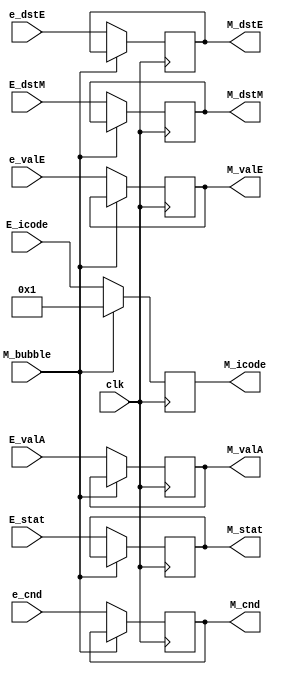
module MEMORY_REG(clk,M_bubble,E_stat,E_icode,e_cnd,e_valE,
E_valA,e_dstE,E_dstM,
M_stat,M_icode, M_cnd,M_valE,M_valA,M_dstE,M_dstM);

input clk;
input M_bubble;
input [2:0]E_stat;
input [3:0]E_icode; 
input e_cnd; 
input [3:0]e_dstE;
input [3:0]E_dstM;
input [63:0]E_valA;
input [63:0]e_valE;


output reg [2:0] M_stat;
output reg [3:0] M_icode; 
output reg M_cnd;
output reg [3:0]M_dstE;
output reg [3:0]M_dstM;;

output reg [63:0]M_valE;
output reg [63:0]M_valA;

always @(posedge(clk)) begin

	case (M_bubble)
		4'h1:begin
			M_icode <= 4'h1;

		end
		default: begin
			M_stat <= E_stat;
			M_icode <= E_icode;
			M_cnd <= e_cnd;
			M_valE <= e_valE;
			M_valA <= E_valA;
			M_dstE <= e_dstE;
			M_dstM <= E_dstM;
		end
	endcase

end




endmodule